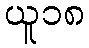
ယူ၁၈